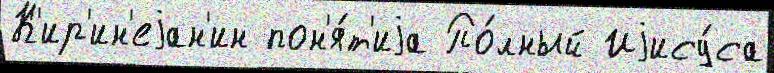
К'ир'ин'еjан'ин пон'я́т'иjа По́лный Иjису́са